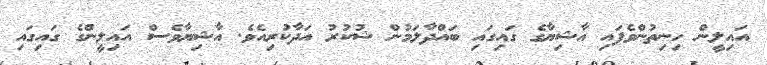
އައިލީން ހިނިތުންވެފައި އާޝިޔާގެ ގައިގައި ބައްދާލަމުން ޝުކުރު އަދާކުރިއެވެ. އާޝިޔާވެސް އައިލީންގެ ގައިގައި